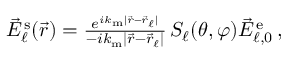
\begin{array} { r } { \vec { E } _ { \ell } ^ { \mathrm { \, s } } ( \vec { r } ) = \frac { e ^ { i k _ { \mathrm { m } } | \vec { r } - \vec { r } _ { \ell } | } } { - i k _ { \mathrm { m } } | \vec { r } - \vec { r } _ { \ell } | } \, S _ { \ell } ( \theta , \varphi ) \vec { E } _ { \ell , 0 } ^ { \mathrm { \, e } } \, \! \! \, \! \, \, \! \, \, \! \! \, \! \, \, \! \! \, \! \! \, \! \, \, \! \! \, \! \! \, \! \, \, \! \, \, \! \! \, \! \, \, \! \! \, \! \! \, \! \, \, \! \, \, \! \! \, \! \, \, \! \, \, \! \! \, \! \, \, \! \! \, \! \! \, \! \, \, \! \, \, \! \! \, \! \, \, \! \, \, \! \! , } \end{array}